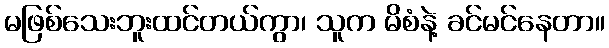
မဖြစ်သေးဘူးထင်တယ်ကွာ၊ သူက မိစံနဲ့ ခင်မင်နေတာ။